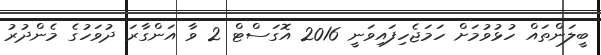
ބީލަންތައް ހުޅުވުމަށް ހަމަޖެހިފައިވަނީ 2016 އޮގަސްޓް 2 ވާ އަންގާރަ ދުވަހުގެ މެންދުރު